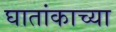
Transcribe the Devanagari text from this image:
घातांकाच्या